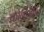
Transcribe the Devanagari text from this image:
क्रोनोमीतर